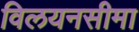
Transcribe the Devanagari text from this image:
विलयनसीमा